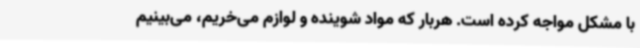
با مشکل مواجه کرده است. هربار که مواد شوینده و لوازم می‌خریم، می‌بینیم